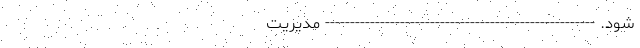
شود. ------------------------------------------------------ مدیریت